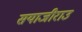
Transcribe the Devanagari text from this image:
सयाजीराउ